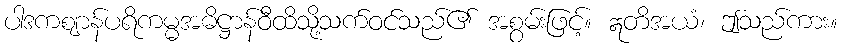
ပါဒကဈာန်ပရိကမ္မအဓိဋ္ဌာန်ဝီထိသို့သက်ဝင်သည်၏ အစွမ်းဖြင့်။ ဣတိအယံ၊ ဤသည်ကား။